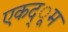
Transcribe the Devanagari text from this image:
एकद्ूम